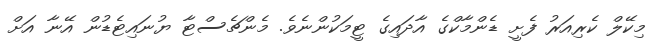
މިކޭލް ކެރިއަރު ފެށީ ޑެންމާކްގެ އާދައިގެ ޓީމަކުންނެވެ. މެންޗެސްޓާ ޔުނައިޓެޑުން އޭނާ އަށް